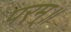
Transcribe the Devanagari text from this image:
परम्॥